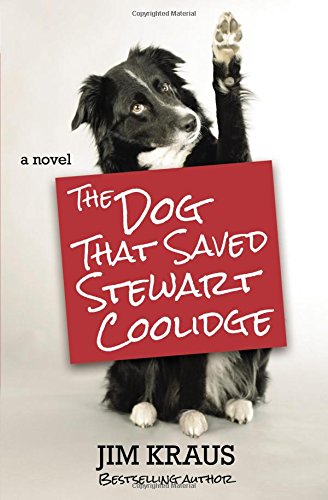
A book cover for The Dog That Saved Stewart Coolidge: A Novel; Jim Kraus; Romance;